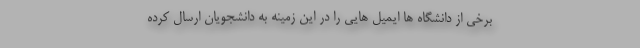
برخی از دانشگاه ها ایمیل هایی را در این زمینه به دانشجویان ارسال کرده